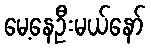
မေ့နေဦးမယ်နော်